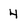
Character: 4